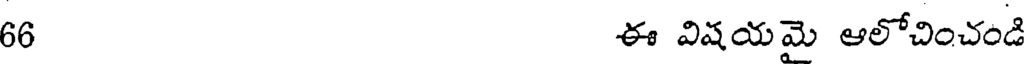
66 ఈ విషయమై ఆలోచించండి